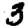
Digit: 3